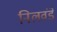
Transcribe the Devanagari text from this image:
निलवंडे